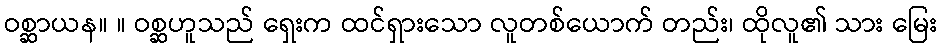
ဝစ္ဆာယန။ ။ ဝစ္ဆဟူသည် ရှေးက ထင်ရှားသော လူတစ်ယောက် တည်း၊ ထိုလူ၏ သား မြေး